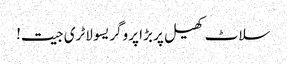
سلاٹ کھیل پر بڑا پروگریسو لاٹری جیت!